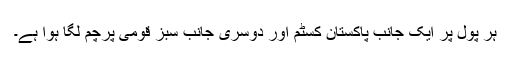
ہر پول پر ایک جانب پاکستان کسٹم اور دوسری جانب سبز قومی پرچم لگا ہوا ہے۔